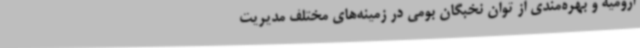
ارومیه و بهره‌مندی از توان نخبگان بومی در زمینه‌های مختلف مدیریت